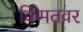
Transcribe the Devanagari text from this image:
किंमतवर